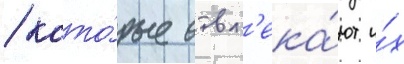
/ кото́рые отвл'ека́ют и́х